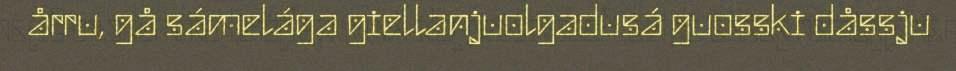
årru, gå sámelága giellanjuolgadusá guosski dåssju